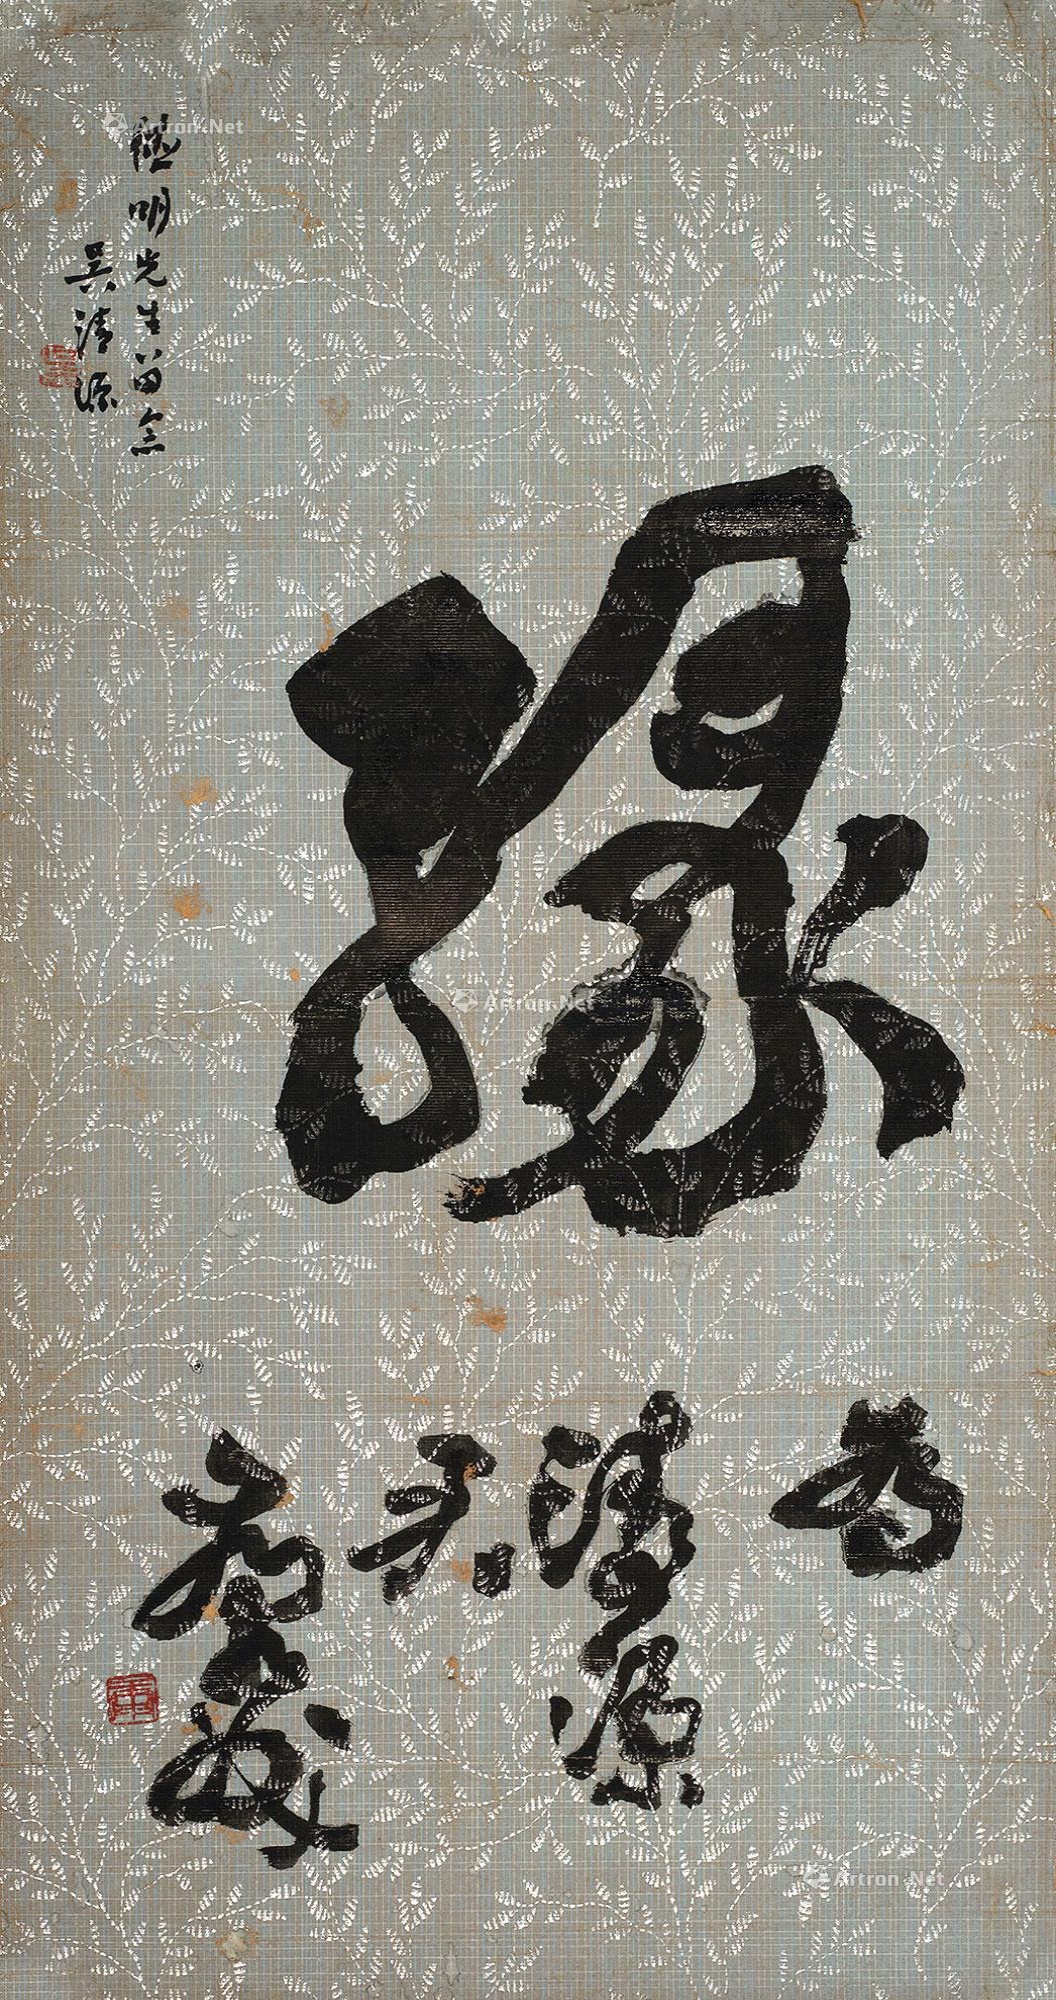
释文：缘。为清源君，康成。德明先生留念，吴清源。